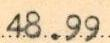
48.99